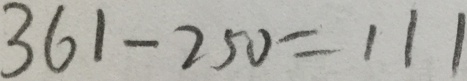
3 6 1 - 2 5 0 = 1 1 1